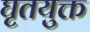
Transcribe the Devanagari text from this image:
घृतयुक्त